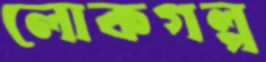
লোকগল্প